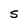
Character: S